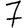
Digit: 7